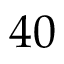
4 0